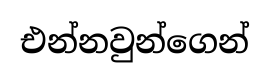
එන්නවුන්ගෙන්